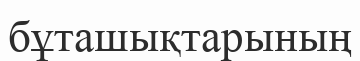
бұташықтарының